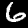
Digit: 6